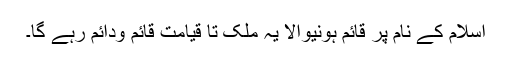
اسلام کے نام پر قائم ہونیوالا یہ ملک تا قیامت قائم ودائم رہے گا۔